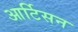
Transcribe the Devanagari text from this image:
आर्टिसन